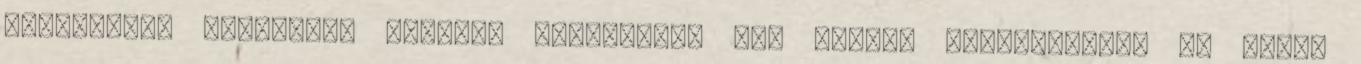
megtudtuk, nagyjából tizenöt játékossal már szóban megegyeztek, és május